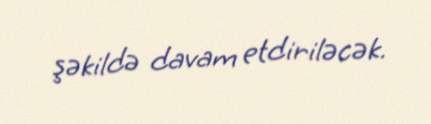
şəkildə davam etdiriləcək.